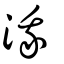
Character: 涐